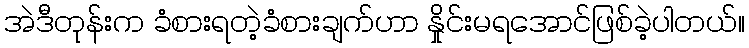
အဲဒီတုန်းက ခံစားရတဲ့ခံစားချက်ဟာ နှိုင်းမရအောင်ဖြစ်ခဲ့ပါတယ်။